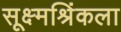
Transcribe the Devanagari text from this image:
सूक्ष्मश्रिंकला